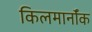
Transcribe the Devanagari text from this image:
किलमार्नॉक